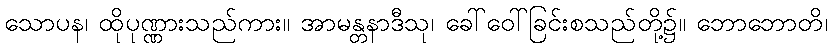
သောပန၊ ထိုပုဏ္ဏားသည်ကား။ အာမန္တနာဒီသု၊ ခေါ်ဝေါ်ခြင်းစသည်တို့၌။ ဘောဘောတိ၊